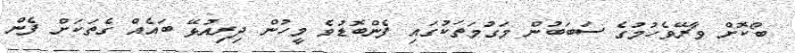
ބޯކޮށް ވާރޭވެހުމުގެ ސަބަބުން މަގުމަތަކުގައި ފެންބޮޑުވެ މީހުން ދިރިއުޅޭ ބައެއް ގެތަކަށް ފެން